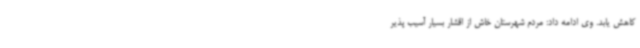
کاهش یابد. وی ادامه داد: مردم شهرستان خاش از اقشار بسیار آسیب پذیر